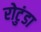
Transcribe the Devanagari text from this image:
रोटुंडा